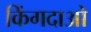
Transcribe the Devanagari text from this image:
किंगदाओ